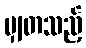
မျှတသည့်